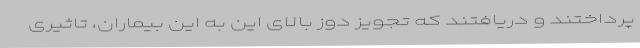
پرداختند و دریافتند که تجویز دوز بالای این به این بیماران، تاثیری